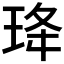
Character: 𭹇